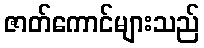
ဇာတ်ကောင်များသည်